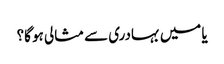
یا میں بہادری سے مثالی ہو گا؟